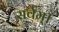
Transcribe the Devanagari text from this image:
सर्वम्।